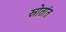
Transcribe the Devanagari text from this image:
स्रोतांत